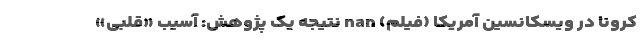
کرونا در ویسکانسین آمریکا (فیلم) nan نتیجه یک پژوهش: آسیب «قلبی»